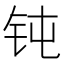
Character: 钝